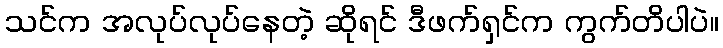
သင်က အလုပ်လုပ်နေတဲ့ ဆိုရင် ဒီဖက်ရှင်က ကွက်တိပါပဲ။